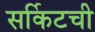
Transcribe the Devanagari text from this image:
सर्किटची